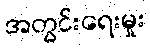
အတွင်းရေးမှုး